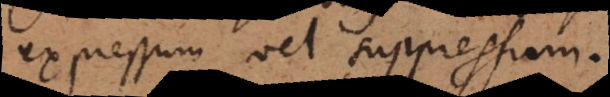
expressum vel suppressum.